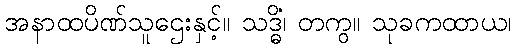
အနာထပိဏ်သူဌေးနှင့်။ သဒ္ဓိံ၊ တကွ။ သုခကထာယ၊